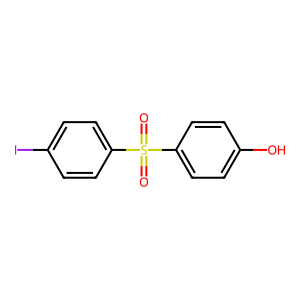
SMILES: O=S(=O)(c1ccc(O)cc1)c1ccc(I)cc1
Inhibits HIV replication: No